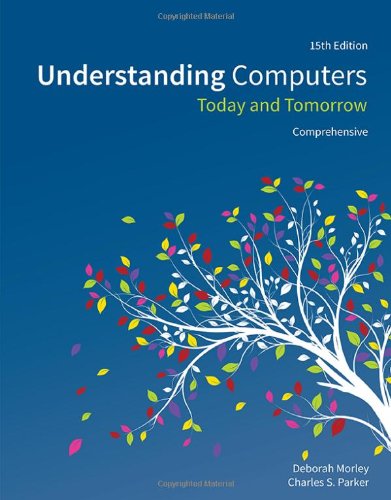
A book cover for Understanding Computers: Today and Tomorrow, Comprehensive; Deborah Morley; Computers & Technology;